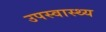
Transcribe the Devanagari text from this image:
उपस्‍वास्‍थ्‍य